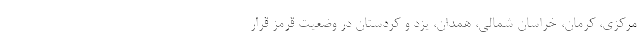
مرکزی، کرمان، خراسان شمالی، همدان، یزد و کردستان در وضعیت قرمز قرار